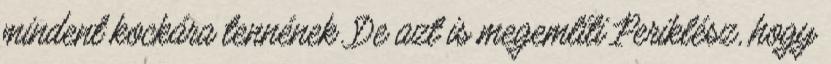
mindent kockára tennének. De azt is megemlíti Periklész, hogy